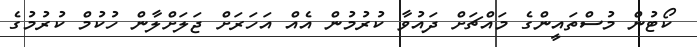
ކޯޓުން މުސްތައީންގެ މައްޗަށް ދައުވާ ކުރުމުން އެއް އަހަރަށް ޖަލަށްލާން ހުކުމް ކުރުމުގެ